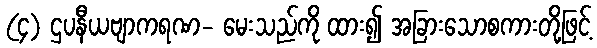
(၄) ဌပနီယဗျာကရဏ- မေးသည်ကို ထား၍ အခြားသောစကားတို့ဖြင့်